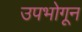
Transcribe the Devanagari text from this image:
उपभोगून